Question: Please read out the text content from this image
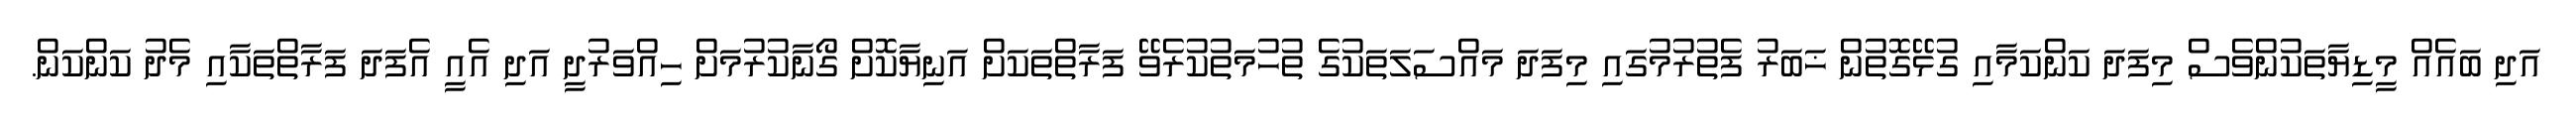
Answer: އަދި ބައެއް މީޑިޔާތަކުންވެސް މިފަދަ ކަންކަމާއި ގުޅޭގޮތުން ޚަބަރު ފެތުރުމުގައި މިފަދަ މައްސަލަތަކުގެ ތުހުމަތުކުރެވޭ ފަރާތްތަކަށް އަނިޔާކޮށް ގޯނާކުރުމަށް ހިއްވަރުދީ އަދި އެއީ އެފަދަ ފަރާތްތަކާއި މެދު ކަންކަން.